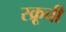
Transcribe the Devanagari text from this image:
स्क्रूची